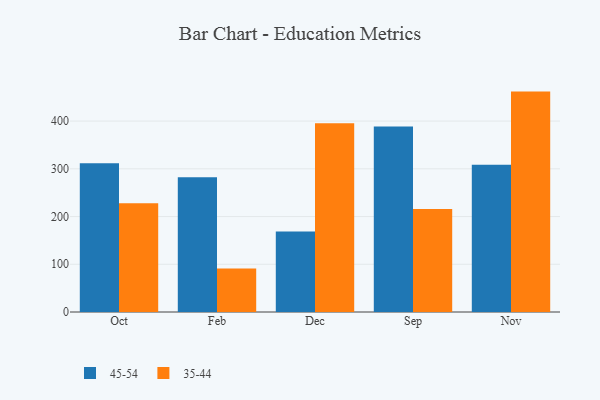
{"axis": {"x": "Month", "y": "Budget (USD K)"}, "legend": ["35-44", "45-54"], "data": [{"x": "Oct", "y": 311.6, "type": "45-54"}, {"x": "Oct", "y": 228.0, "type": "35-44"}, {"x": "Feb", "y": 282.4, "type": "45-54"}, {"x": "Feb", "y": 91.0, "type": "35-44"}, {"x": "Dec", "y": 168.5, "type": "45-54"}, {"x": "Dec", "y": 395.6, "type": "35-44"}, {"x": "Sep", "y": 388.7, "type": "45-54"}, {"x": "Sep", "y": 215.6, "type": "35-44"}, {"x": "Nov", "y": 308.3, "type": "45-54"}, {"x": "Nov", "y": 461.8, "type": "35-44"}]}